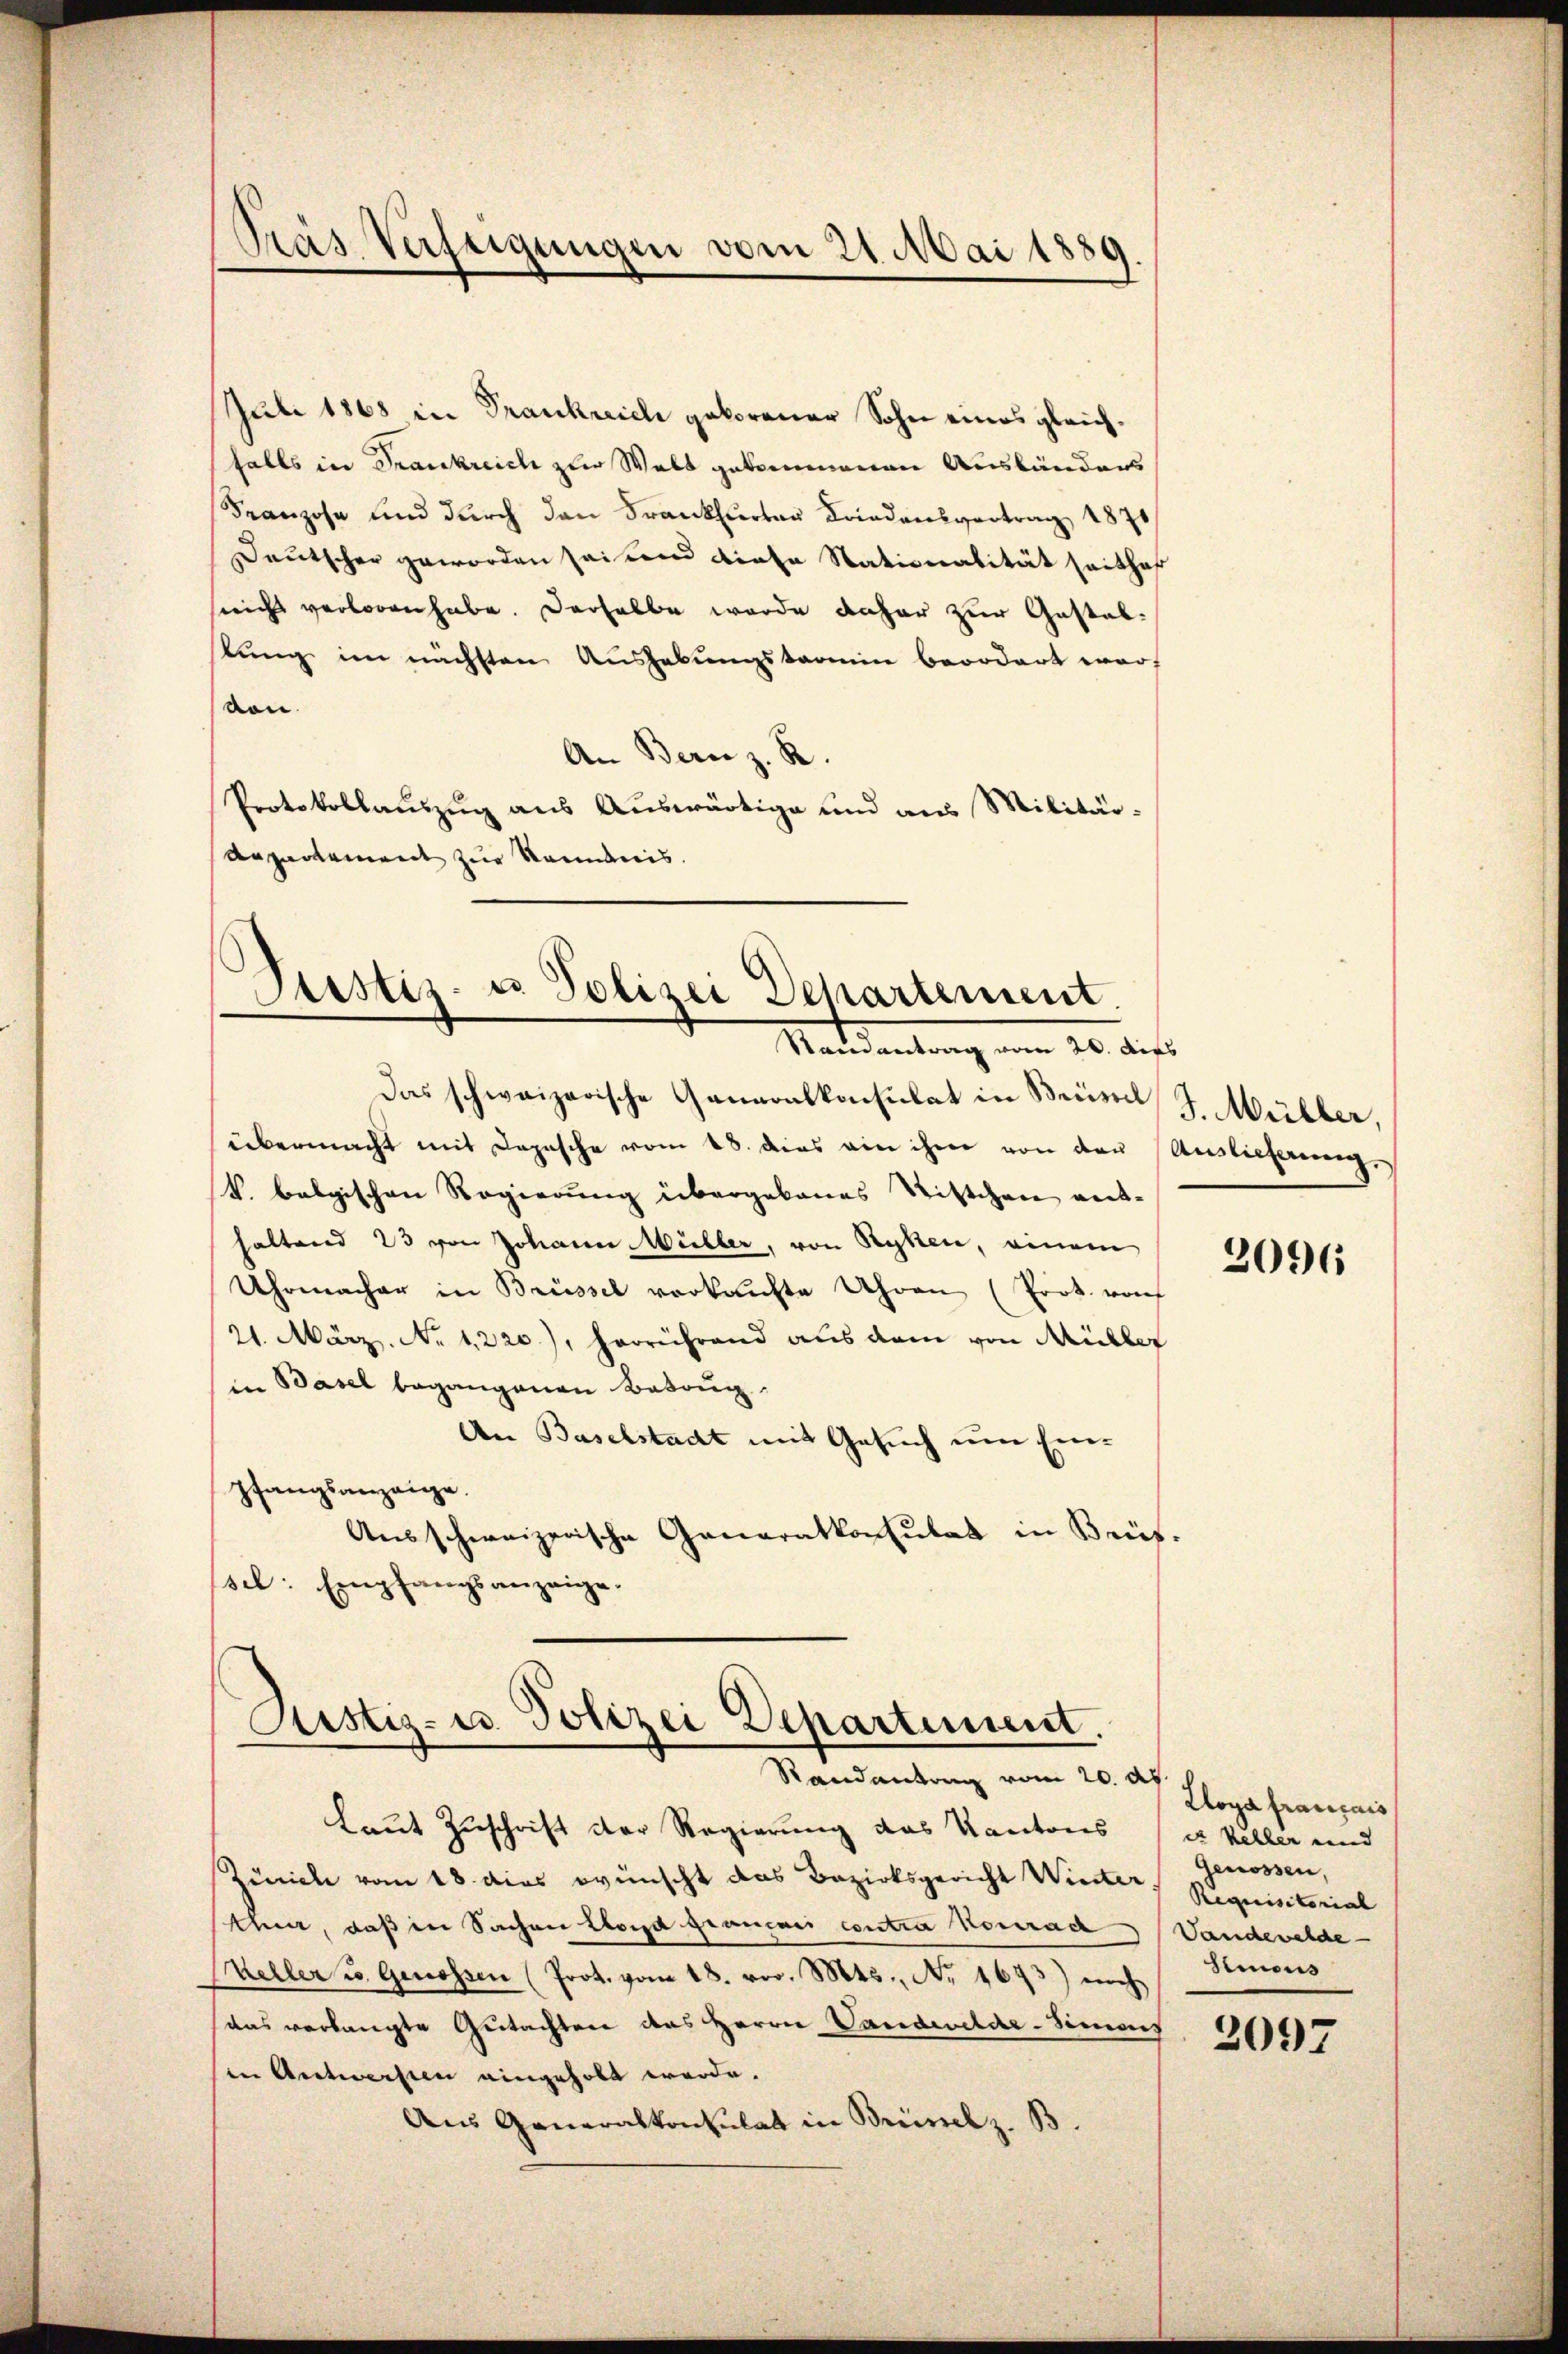
Pras Verfügungen vom 21. Mai 1850

Juli 1868 in Frankreich geborener Sohn eines gleichfalls in Frankreich zur Walt gekommenen Ausländers
Franzose und durch den Frankfurter Kriedensvertrag 1871
Deutscher geworden sei und diese Stationalität seithof
sreicht verloren habe. Derselbe wurde daher zur Gestallung im nächsten Aŭshabŭngskamin beordert warf
von.
An Bern z. R.
Protokollauszug aus Auswärtige und aus Militär¬
Augartement zur Kenntnis.

Justiz- u. Polizei Departement
Madedankung vom 20. die

Rustiz- u. Polizei Departement.
Randantrag vom 20. Ap

Das schweizerische Ganzonskonsulat in Beiserl
übermacht mit Depesche vom 18. dies ein ihm von der Auslieferung,
V. belgischen Regierung übergebenes Stiftchen ver-
haltend 23 von Johann Müller, von Ryken, einem
Uhrmacher in Brüssel verkaŭfte Uhren (Prot. vonf
21. März. No 1,220), herrührend aus dem von Müller
in Basel begangenen Betrug.
An Baselstadt mit Gesuch um Einpfangsanzeige.
Ausschweizerische Generalkonsulat in Brüs
sel: Empfangsanzeige.

Laut Zuschrift der Regierung des Kantons (in Keller und
Zürich vom 18. dies wünscht das Bezirksgericht Winter
then, daß in Sachen Lloyd graucari contra Konrad (Vandewalde
Keller u. Genossen (Prot. vom 18. vor. Mts., No 1673) nich
das verlangte Gutachten des Herrn Landwilde-Simes
in Antwersten eingeholt werde.
Aus Generalkonsulat in Brüssel z. B.

J. Müller,

2096

Lloyd français
Genossen,
Requisitorial
Sinous

2097